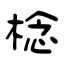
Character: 棯